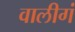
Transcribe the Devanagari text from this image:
वालीगं